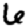
Digit: 6